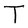
Character: T